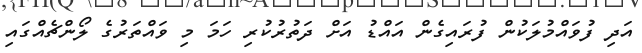
އަދި ފުވައްމުލަކުން ފުރައިގެން އައްޑު އަށް ދަތުރުކުރި ހަމަ މި ވައްތަރުގެ ލޯންޗެއްގައި